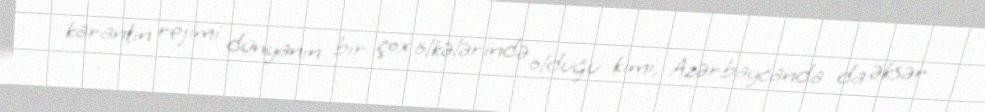
karantin rejimi dünyanın bir çox ölkələrində olduğu kimi, Azərbaycanda da əksər